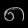
Digit: ၈